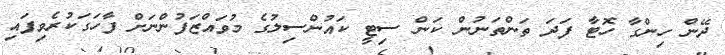
ދޭން ހިންގާ ހޮޓާ ފަދަ ތަންތަނުން ކަން ސިޓީ ކައުންސިލުގެ މުވައްޒަފުންނަށް ފާހަގަކުރެވިފައި